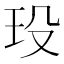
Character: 𤤄